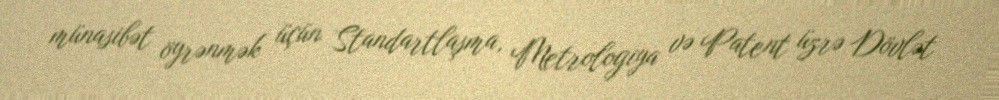
münasibət öyrənmək üçün Standartlaşma, Metrologiya və Patent üzrə Dövlət